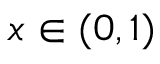
x \in ( 0 , 1 )